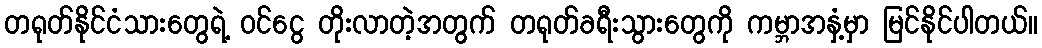
တရုတ်နိုင်ငံသားတွေရဲ့ ဝင်ငွေ တိုးလာတဲ့အတွက် တရုတ်ခရီးသွားတွေကို ကမ္ဘာအနှံ့မှာ မြင်နိုင်ပါတယ်။